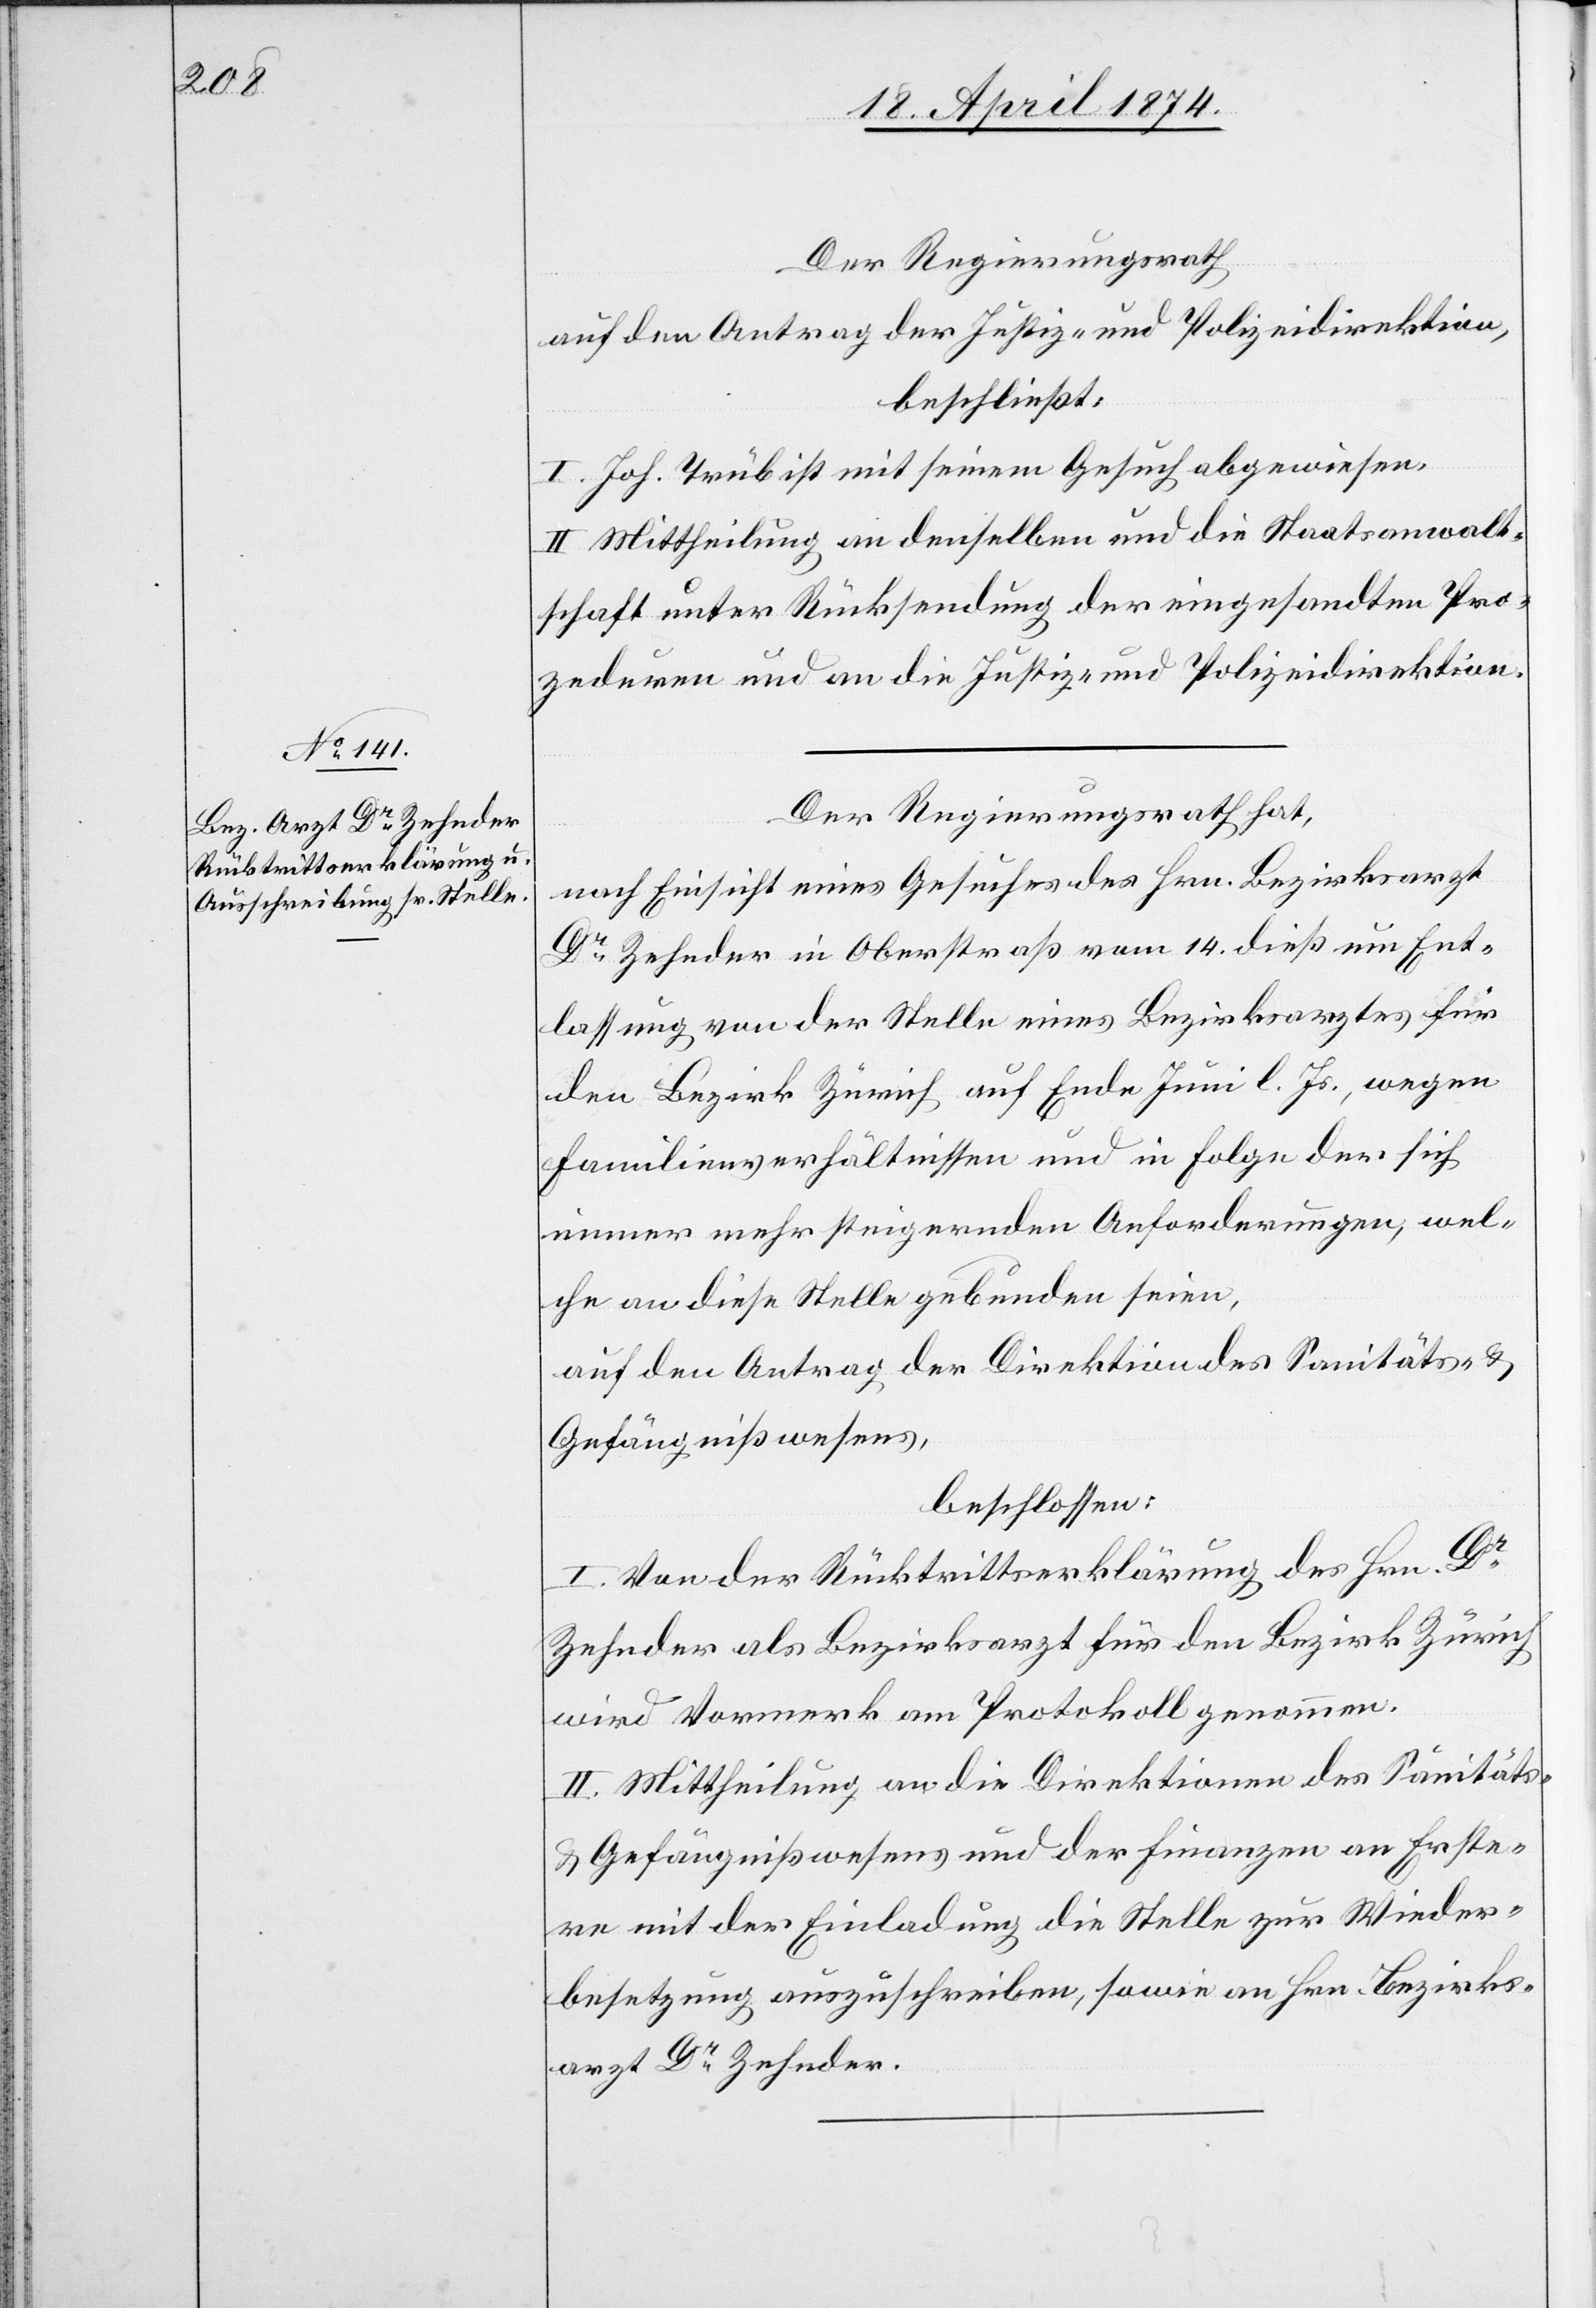
Der Regierungsrath
auf den Antrag der Justiz- und Polizeidirektion,
beschließt:
I. Joh. Trüb ist mit seinem Gesuch abgewiesen.
II. Mittheilung an denselben und die Staatsanwalt¬
schaft unter Rücksendung der eingesandten Pro¬
zeduren und an die Justiz- und Polizeidirektion.
Der Regierungsrath hat,
nach Einsicht eines Gesuches des Hrn. Bezirksarzt
Dr Zehnder in Oberstraß vom 14. dieß um Ent¬
lassung von der Stelle eines Bezirksarztes für
den Bezirk Zürich auf Ende Juni l. Js., wegen
Familienverhältnissen und in Folge der sich
immer mehr steigernden Anforderungen, wel¬
che an diese Stelle gebunden seien,
auf den Antrag der Direktion des Sanitäts- u.
Gefängnißwesens,
beschlossen:
I. Von der Rücktrittserklärung des Hrn. Dr
Zehnder als Bezirksarzt für den Bezirk Zürich
wird Vormerk am Protokoll genommen.
II. Mittheilung an die Direktionen des Sanitäts-
u. Gefängnißwesens und der Finanzen an Erste¬
re mit der Einladung die Stelle zur Wieder¬
besetzung auszuschreiben, sowie an Hrn. Bezirks¬
arzt Dr Zehnder.